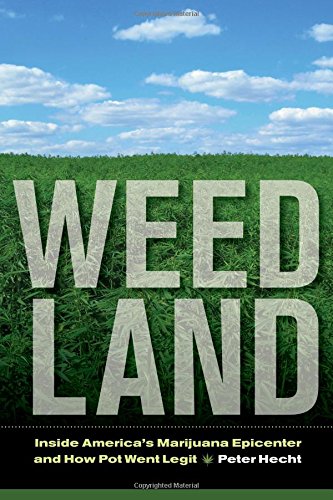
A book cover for Weed Land: Inside America's Marijuana Epicenter and How Pot Went Legit; Peter Hecht; Politics & Social Sciences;